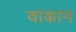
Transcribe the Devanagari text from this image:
वाकान